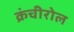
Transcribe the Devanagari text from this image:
क्रंचीरोल